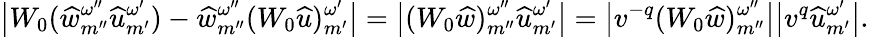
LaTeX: \big|W_{0}(\widehat{w}_{{m^{\prime\prime}}}^{\omega^{\prime\prime}}{\widehat{u}}_{m^{\prime}}^{\omega^{\prime}})-\widehat{w}_{{m^{\prime\prime}}}^{\omega^{\prime\prime}}(W_{0}{\widehat{u}})_{m^{\prime}}^{\omega^{\prime}}\big|=\big|(W_{0}\widehat{w})_{{m^{\prime\prime}}}^{\omega^{\prime\prime}}{\widehat{u}}_{m^{\prime}}^{\omega^{\prime}}\big|=\big|v^{-q}(W_{0}\widehat{w})_{{m^{\prime\prime}}}^{\omega^{\prime\prime}}\big|\big|v^{q}{\widehat{u}}_{m^{\prime}}^{\omega^{\prime}}\big|.